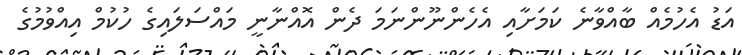
އަޑު އެހުމެއް ބާއްވާނެ ކަމަށާއި އެހެންނޫންނަމަ ދެން އޮއްނާނީ މައްސަލައިގެ ހުކުމް އިއްވުމުގެ